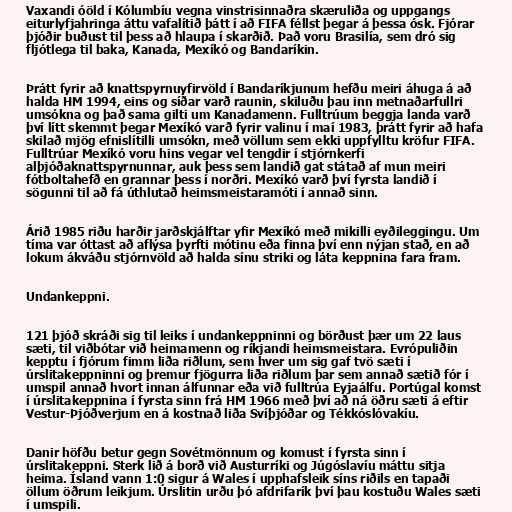
Vaxandi óöld í Kólumbíu vegna vinstrisinnaðra skæruliða og uppgangs
eiturlyfjahringa áttu vafalítið þátt í að FIFA féllst þegar á þessa ósk. Fjórar
þjóðir buðust til þess að hlaupa í skarðið. Það voru Brasilía, sem dró sig
fljótlega til baka, Kanada, Mexíkó og Bandaríkin.

Þrátt fyrir að knattspyrnuyfirvöld í Bandaríkjunum hefðu meiri áhuga á að
halda HM 1994, eins og síðar varð raunin, skiluðu þau inn metnaðarfullri
umsókna og það sama gilti um Kanadamenn. Fulltrúum beggja landa varð
því lítt skemmt þegar Mexíkó varð fyrir valinu í maí 1983, þrátt fyrir að hafa
skilað mjög efnislítilli umsókn, með völlum sem ekki uppfylltu kröfur FIFA.
Fulltrúar Mexíkó voru hins vegar vel tengdir í stjórnkerfi
alþjóðaknattspyrnunnar, auk þess sem landið gat státað af mun meiri
fótboltahefð en grannar þess í norðri. Mexíkó varð því fyrsta landið í
sögunni til að fá úthlutað heimsmeistaramóti í annað sinn.

Árið 1985 riðu harðir jarðskjálftar yfir Mexíkó með mikilli eyðileggingu. Um
tíma var óttast að aflýsa þyrfti mótinu eða finna því enn nýjan stað, en að
lokum ákváðu stjórnvöld að halda sínu striki og láta keppnina fara fram.

Undankeppni.

121 þjóð skráði sig til leiks í undankeppninni og börðust þær um 22 laus
sæti, til viðbótar við heimamenn og ríkjandi heimsmeistara. Evrópuliðin
kepptu í fjórum fimm liða riðlum, sem hver um sig gaf tvö sæti í
úrslitakeppninni og þremur fjögurra liða riðlum þar sem annað sætið fór í
umspil annað hvort innan álfunnar eða við fulltrúa Eyjaálfu. Portúgal komst
í úrslitakeppnina í fyrsta sinn frá HM 1966 með því að ná öðru sæti á eftir
Vestur-Þjóðverjum en á kostnað liða Svíþjóðar og Tékkóslóvakíu.

Danir höfðu betur gegn Sovétmönnum og komust í fyrsta sinn í
úrslitakeppni. Sterk lið á borð við Austurríki og Júgóslavíu máttu sitja
heima. Ísland vann 1:0 sigur á Wales í upphafsleik síns riðils en tapaði
öllum öðrum leikjum. Úrslitin urðu þó afdrifarík því þau kostuðu Wales sæti
í umspili.